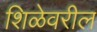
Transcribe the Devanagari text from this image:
शिळेवरील